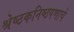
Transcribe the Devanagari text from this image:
श्रेष्ठकनिष्ठपणाचे